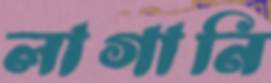
লাগানি